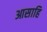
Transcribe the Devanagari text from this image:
आसाहि